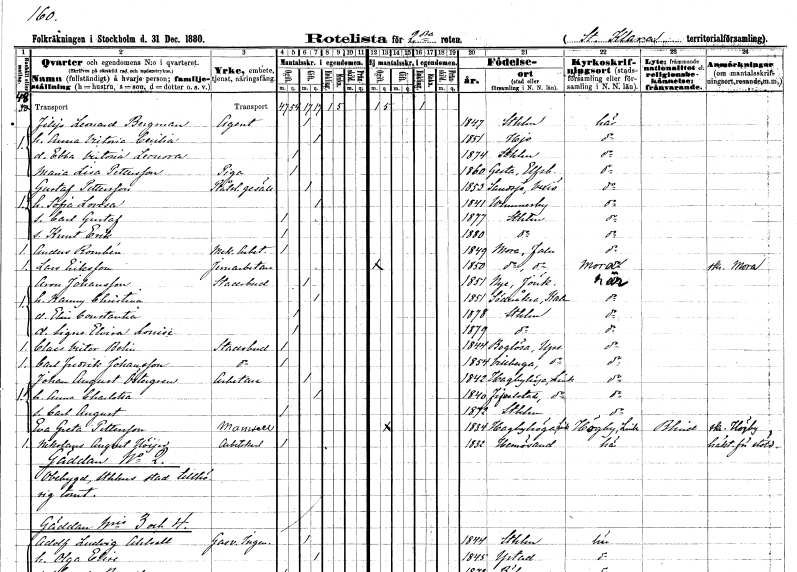
gt_parse: households: individuals: FN: Filip Leonard
EN: Bergman
YRKE: Agent
KON: M
CIV: G
FODAR: 1847
FODFORS: Stockholm
FN: Anna Victoria Cecilia
KON: K
CIV: G
FODAR: 1851
FODFORS: Hjo Skaraborgs län
FN: Ebba Victoria Leonora
KON: K
CIV: O
FODAR: 1874
FODFORS: Stockholm
FN: Maria Lisa
EN: Pettersson
YRKE: Piga
KON: K
CIV: O
FODAR: 1860
FODFORS: Gestad Älvsborgs län
FN: Gustaf
EN: Pettersson
YRKE: Plåtslagaregesäll
KON: M
CIV: G
FODAR: 1853
FODFORS: Södra Sandsjö Kronobergs län
FN: Sofia Lovisa
KON: K
CIV: G
FODAR: 1841
FODFORS: Vimmerby Kalmar län
FN: Carl Gustaf
KON: M
CIV: O
FODAR: 1877
FODFORS: Stockholm
FN: Knut Erik
KON: M
CIV: O
FODAR: 1880
FODFORS: Stockholm
FN: Anders
EN: Rombén
YRKE: Mekanikerarbetare
KON: M
CIV: O
FODAR: 1849
FODFORS: Mora Kopparbergs län
FN: Lars
EN: Eriksson
YRKE: Järnarbetare
KON: M
CIV: O
FODAR: 1850
FODFORS: Mora Kopparbergs län
FN: Aron
EN: Johansson
YRKE: Stadsbud
KON: M
CIV: G
FODAR: 1851
FODFORS: Nye Jönköpings län
FN: Nanny Christina
KON: K
CIV: G
FODAR: 1851
FODFORS: Söderåkra Kalmar län
FN: Elin Constantia
KON: K
CIV: O
FODAR: 1878
FODFORS: Stockholm
FN: Signe Elvira Louise
KON: K
CIV: O
FODAR: 1879
FODFORS: Stockholm
FN: Claes Victor
EN: Bolin
YRKE: Stadsbud
KON: M
CIV: O
FODAR: 1844
FODFORS: Boglösa Uppsala län
FN: Carl Fredrik
EN: Johansson
YRKE: Stadsbud
KON: M
CIV: O
FODAR: 1854
FODFORS: Villberga Uppsala län
FN: Johan August
EN: Östergren
YRKE: Arbetare
KON: M
CIV: G
FODAR: 1842
FODFORS: Hagebyhöga Östergötlands län
FN: Anna Charlotta
KON: K
CIV: G
FODAR: 1840
FODFORS: Fivelstad Östergötlands län
FN: Carl August
KON: M
CIV: O
FODAR: 1872
FODFORS: Stockholm
FN: Eva Greta
EN: Pettersson
KON: K
CIV: O
FODAR: 1834
FODFORS: Hagebyhöga Östergötlands län
FN: Nikolaus August
EN: Höijer
YRKE: Arbetskarl
KON: M
CIV: O
FODAR: 1832
FODFORS: Härnösand Västernorrlands län